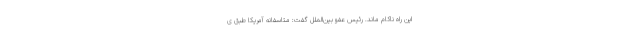
این راه ناکام ماند. رئیس عفو بین‌الملل گفت: متاسفانه آمریکا طبق ی